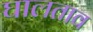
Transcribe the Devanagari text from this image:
घालताव